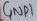
Text: GND1